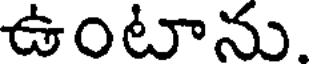
ఉంటాను.